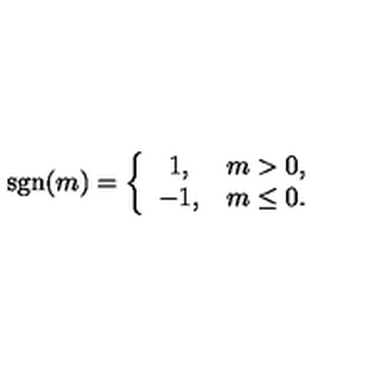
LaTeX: \mathrm { s g n } ( m ) = \left\{ \begin{array} { c c } { 1 , } & { m > 0 , } \\ { - 1 , } & { m \le 0 . } \\ \end{array} \right.